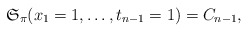
\begin{align*}\mathfrak{S}_{\pi}(x_1=1,\ldots,t_{n-1}=1)= C_{n-1},\end{align*}